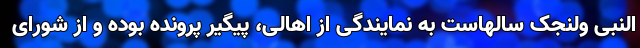
النبی ولنجک سالهاست به نمایندگی از اهالی، پیگیر پرونده بوده و از شورای